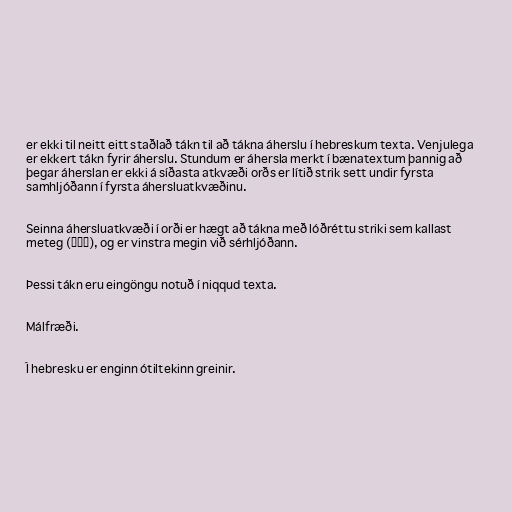
er ekki til neitt eitt staðlað tákn til að tákna áherslu í hebreskum texta. Venjulega
er ekkert tákn fyrir áherslu. Stundum er áhersla merkt í bænatextum þannig að
þegar áherslan er ekki á síðasta atkvæði orðs er lítið strik sett undir fyrsta
samhljóðann í fyrsta áhersluatkvæðinu.

Seinna áhersluatkvæði í orði er hægt að tákna með lóðréttu striki sem kallast
meteg (מתג), og er vinstra megin við sérhljóðann.

Þessi tákn eru eingöngu notuð í niqqud texta.

Málfræði.

Í hebresku er enginn ótiltekinn greinir.